Report of the Indian Hemp Drugs Commission, 1894-1895 - Volume VI
Year: 1894
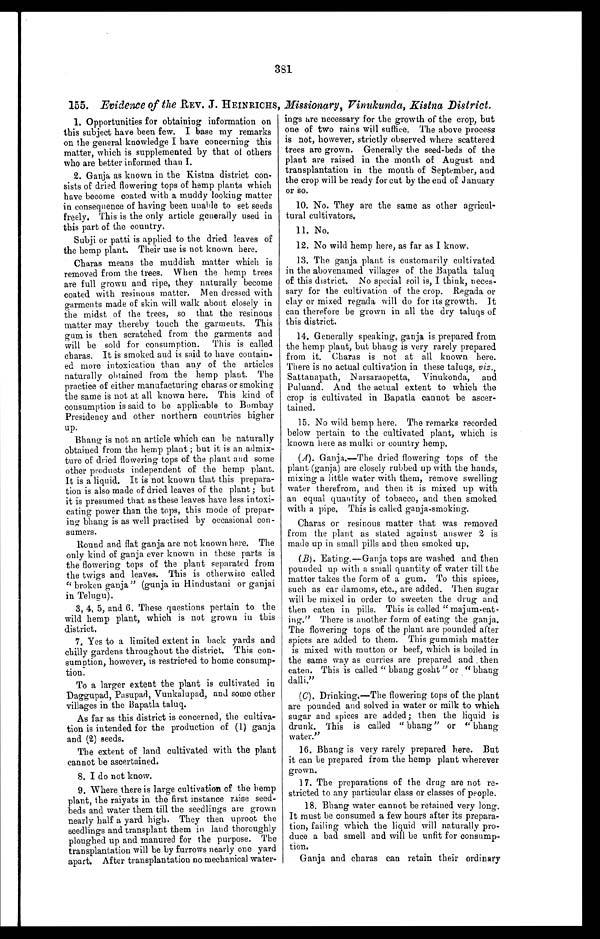
381
155. Evidence of the REV. J. HEINRICHS, Missionary, Vinukunda, Kistna District.
1. Opportunities for obtaining information on
this subject have been few. I base my remarks
on the general knowledge I have concerning this
matter, which is supplemented by that of others
who are better informed than I.
2. Ganja as known in the Kistna district con-
sists of dried flowering tops of hemp plants which
have become coated with a muddy looking matter
in consequence of having been unable to set seeds
freely. This is the only article generally used in
this part of the country.
Subji or patti is applied to the dried leaves of
the hemp plant. Their use is not known here.
Charas means the muddish matter which is
removed from the trees. When the hemp trees
are full grown and ripe, they naturally become
coated with resinous matter. Men dressed with
garments made of skin will walk about closely in
the midst of the trees, so that the resinous
matter may thereby touch the garments. This
gum is then scratched from the garments and
will be sold for consumption. This is called
charas. It is smoked and is said to have contain-
ed more intoxication than any of the articles
naturally obtained from the hemp plant. The
practice of either manufacturing charas or smoking
the same is not at all known here. This kind of
consumption is said to be applicable to Bombay
Presidency and other northern countries higher
up.
Bhang is not an article which can be naturally
obtained from the hemp plant ; but it is an admix-
ture of dried flowering tops of the plant and some
other products independent of the hemp plant.
It is a liquid. It is not known that this prepara-
tion is also made of dried leaves of the plant ; but
it is presumed that as these leaves have less intoxi-
cating power than the tops, this mode of prepar-
ing bhang is as well practised by occasional con-
sumers.
Round and flat ganja are not known here. The
only kind of ganja ever known in these parts is
the flowering tops of the plant separated from
the twigs and leaves. This is otherwise called
" broken ganja" (gunja in Hindustani or ganjai
in Telugu).
3, 4, 5, and 6. These questions pertain to the
wild hemp plant, which is not grown in this
district.
7. Yes to a limited extent in back yards and
chilly gardens throughout the district. This con-
sumption, however, is restricted to home consump-
tion.
To a larger extent the plant is cultivated in
Daggupad, Pasupad, Vunkalupad, and some other
villages in the Bapatla taluq.
As far as this district is concerned, the cultiva-
tion is intended for the production of (1) ganja
and (2) seeds.
The extent of land cultivated with the plant
cannot be ascertained.
8. I do not know.
9. Where there is large cultivation of the hemp
plant, the raiyats in the first instance rake seed-
beds and water them till the seedlings are grown
nearly half a yard high. They then uproot the
seedlings and transplant them in land thoroughly
ploughed up and manured for the purpose. The
transplantation will be by furrows nearly one yard
apart. After transplantation no mechanical water-
ings are necessary for the growth of the crop, but
one of two rains will suffice. The above process
is not, however, strictly observed where scattered
trees are grown. Generally the seed-beds of the
plant are raised in the month of August and
transplantation in the mouth of September, and
the crop will be ready for cut by the end of January
or so.
10. No. They are the same as other agricul-
tural cultivators.
11. No.
12. No wild hemp here, as far as I know.
13. The ganja plant is customarily cultivated
in the abovenamed villages of the Bapatla taluq
of this district. No special soil is, I think, neces-
sary for the cultivation of the crop. Regada or
clay or mixed regada will do for its growth. It
can therefore be grown in all the dry taluqs of
this district.
14. Generally speaking, ganja is prepared from
the hemp plant, but bhang is very rarely prepared
from it. Charas is not at all known here.
There is no actual cultivation in these taluqs, viz.,
Sattanapath, Narsaraopetta, Vinukonda, and
Puluand. And the actual extent to which the
crop is cultivated in Bapatla cannot be ascer-
tained.
15. No wild hemp here. The remarks recorded
below pertain to the cultivated plant, which is
known here as mulki or country hemp.
(A). Ganja.—The dried flowering tops of the
plant (ganja) are closely rubbed up with the hands,
mixing a little water with them, remove swelling
water therefrom, and then it is mixed up with
an equal quantity of tobacco, and then smoked
with a pipe. This is called ganja-smoking.
Charas or resinous matter that was removed
from the plant as stated against answer 2 is
made up in small pills and then smoked up.
(B). Eating.—Ganja tops are washed and then
pounded up with a small quantity of water till the
matter takes the form of a gum. To this spices,
such as car damoms, etc., are added. Then sugar
will be mixed in order to sweeten the drug and
then eaten in pills. This is called " majum-eat-
ing." There is another form of eating the ganja.
The flowering tops of the plant are pounded after
spices are added to them. This gummish matter
is mixed with mutton or beef, which is boiled in
the same way as curries are prepared and then
eaten. This is called " bhang gosht " or " bhang
dalli."
(C). Drinking.—The flowering tops of the plant
are pounded and solved in water or milk to which
sugar and spices are added; then the liquid is
drunk. This is called " bhang" or " bhang
water."
16. Bhang is very rarely prepared here. But
it can be prepared from the hemp plant wherever
grown.
17. The preparations of the drug are not re-
stricted to any particular class or classes of people.
18. Bhang water cannot be retained very long.
It must be consumed a few hours after its prepara-
tion, failing which the liquid will naturally pro-
duce a bad smell and will be unfit for consump-
tion.
Ganja and charas can retain their ordinary